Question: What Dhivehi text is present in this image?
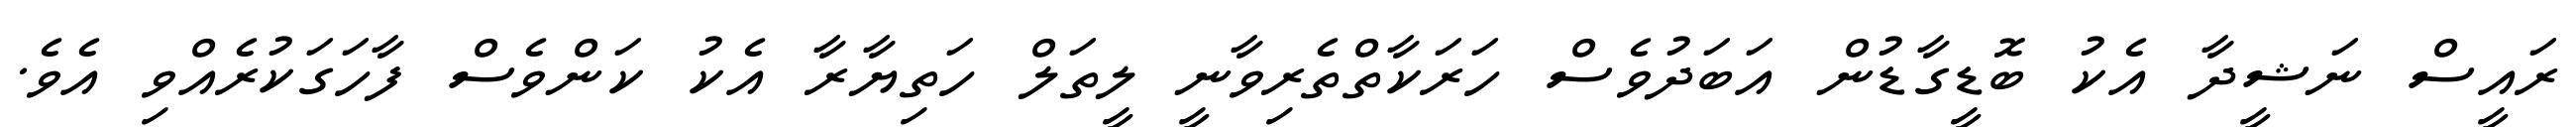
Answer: ރައީސް ނަޝީދާ އެކު ބޮޑީގާޑުން އަބަދުވެސް ހަރަކާތްތެރިވާނީ ލީތަލް ހަތިޔާރާ އެކު ކަންވެސް ފާހަގަކުރެއްވި އެވެ.